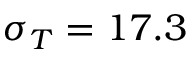
\sigma _ { T } = 1 7 . 3